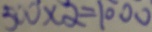
5 0 0 \times 2 = 1 0 0 0